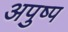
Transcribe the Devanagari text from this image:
अपुष्प